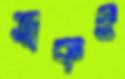
ত্বকও